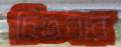
চিতবার